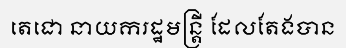
តេជោ នាយករដ្ឋមន្ត្រី ដែលតែងបាន